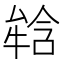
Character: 𤚥